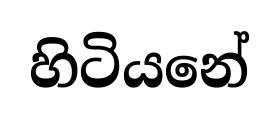
හිටියනේ